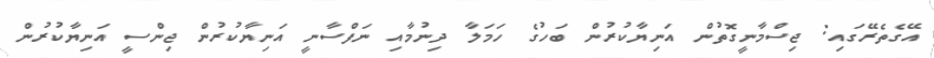
އޭގެތެރޭގައި: ޖިސްމާނީގޮތުން އަނިޔާކުރުން ބަހުގެ ހަމަލާ ދިނުމާއި ނަފްސާނީ އަނިޔާކުރުން ޖިންސީ އަނިޔާކުރުން